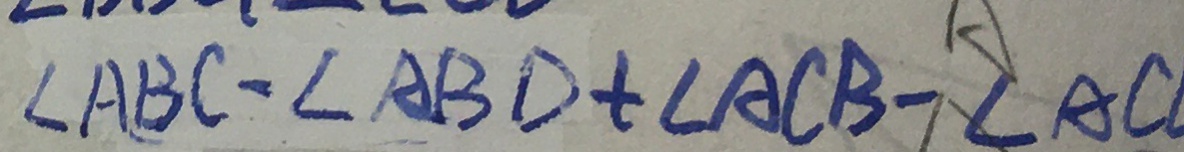
\angle A B C - \angle A B D + \angle A C B - \angle A C